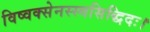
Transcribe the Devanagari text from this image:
विष्वक्सेनस्स्वसिद्धिदः।